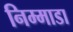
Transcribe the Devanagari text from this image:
निम्माडा